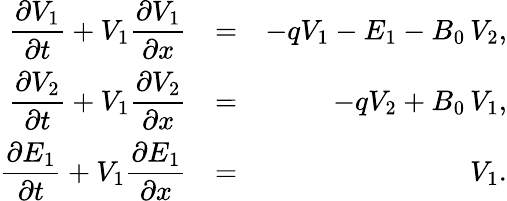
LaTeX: \begin{array}{rlr}{\displaystyle{\frac{\partial V_{1}}{\partial t}}+V_{1}\displaystyle{\frac{\partial V_{1}}{\partial x}}}&{=}&{-qV_{1}-E_{1}-B_{0}\, V_{2},}\\ {\displaystyle{\frac{\partial V_{2}}{\partial t}}+V_{1}\displaystyle{\frac{\partial V_{2}}{\partial x}}}&{=}&{-qV_{2}+B_{0}\, V_{1},}\\ {\displaystyle{\frac{\partial E_{1}}{\partial t}}+V_{1}\displaystyle{\frac{\partial E_{1}}{\partial x}}}&{=}&{V_{1}.}\end{array}